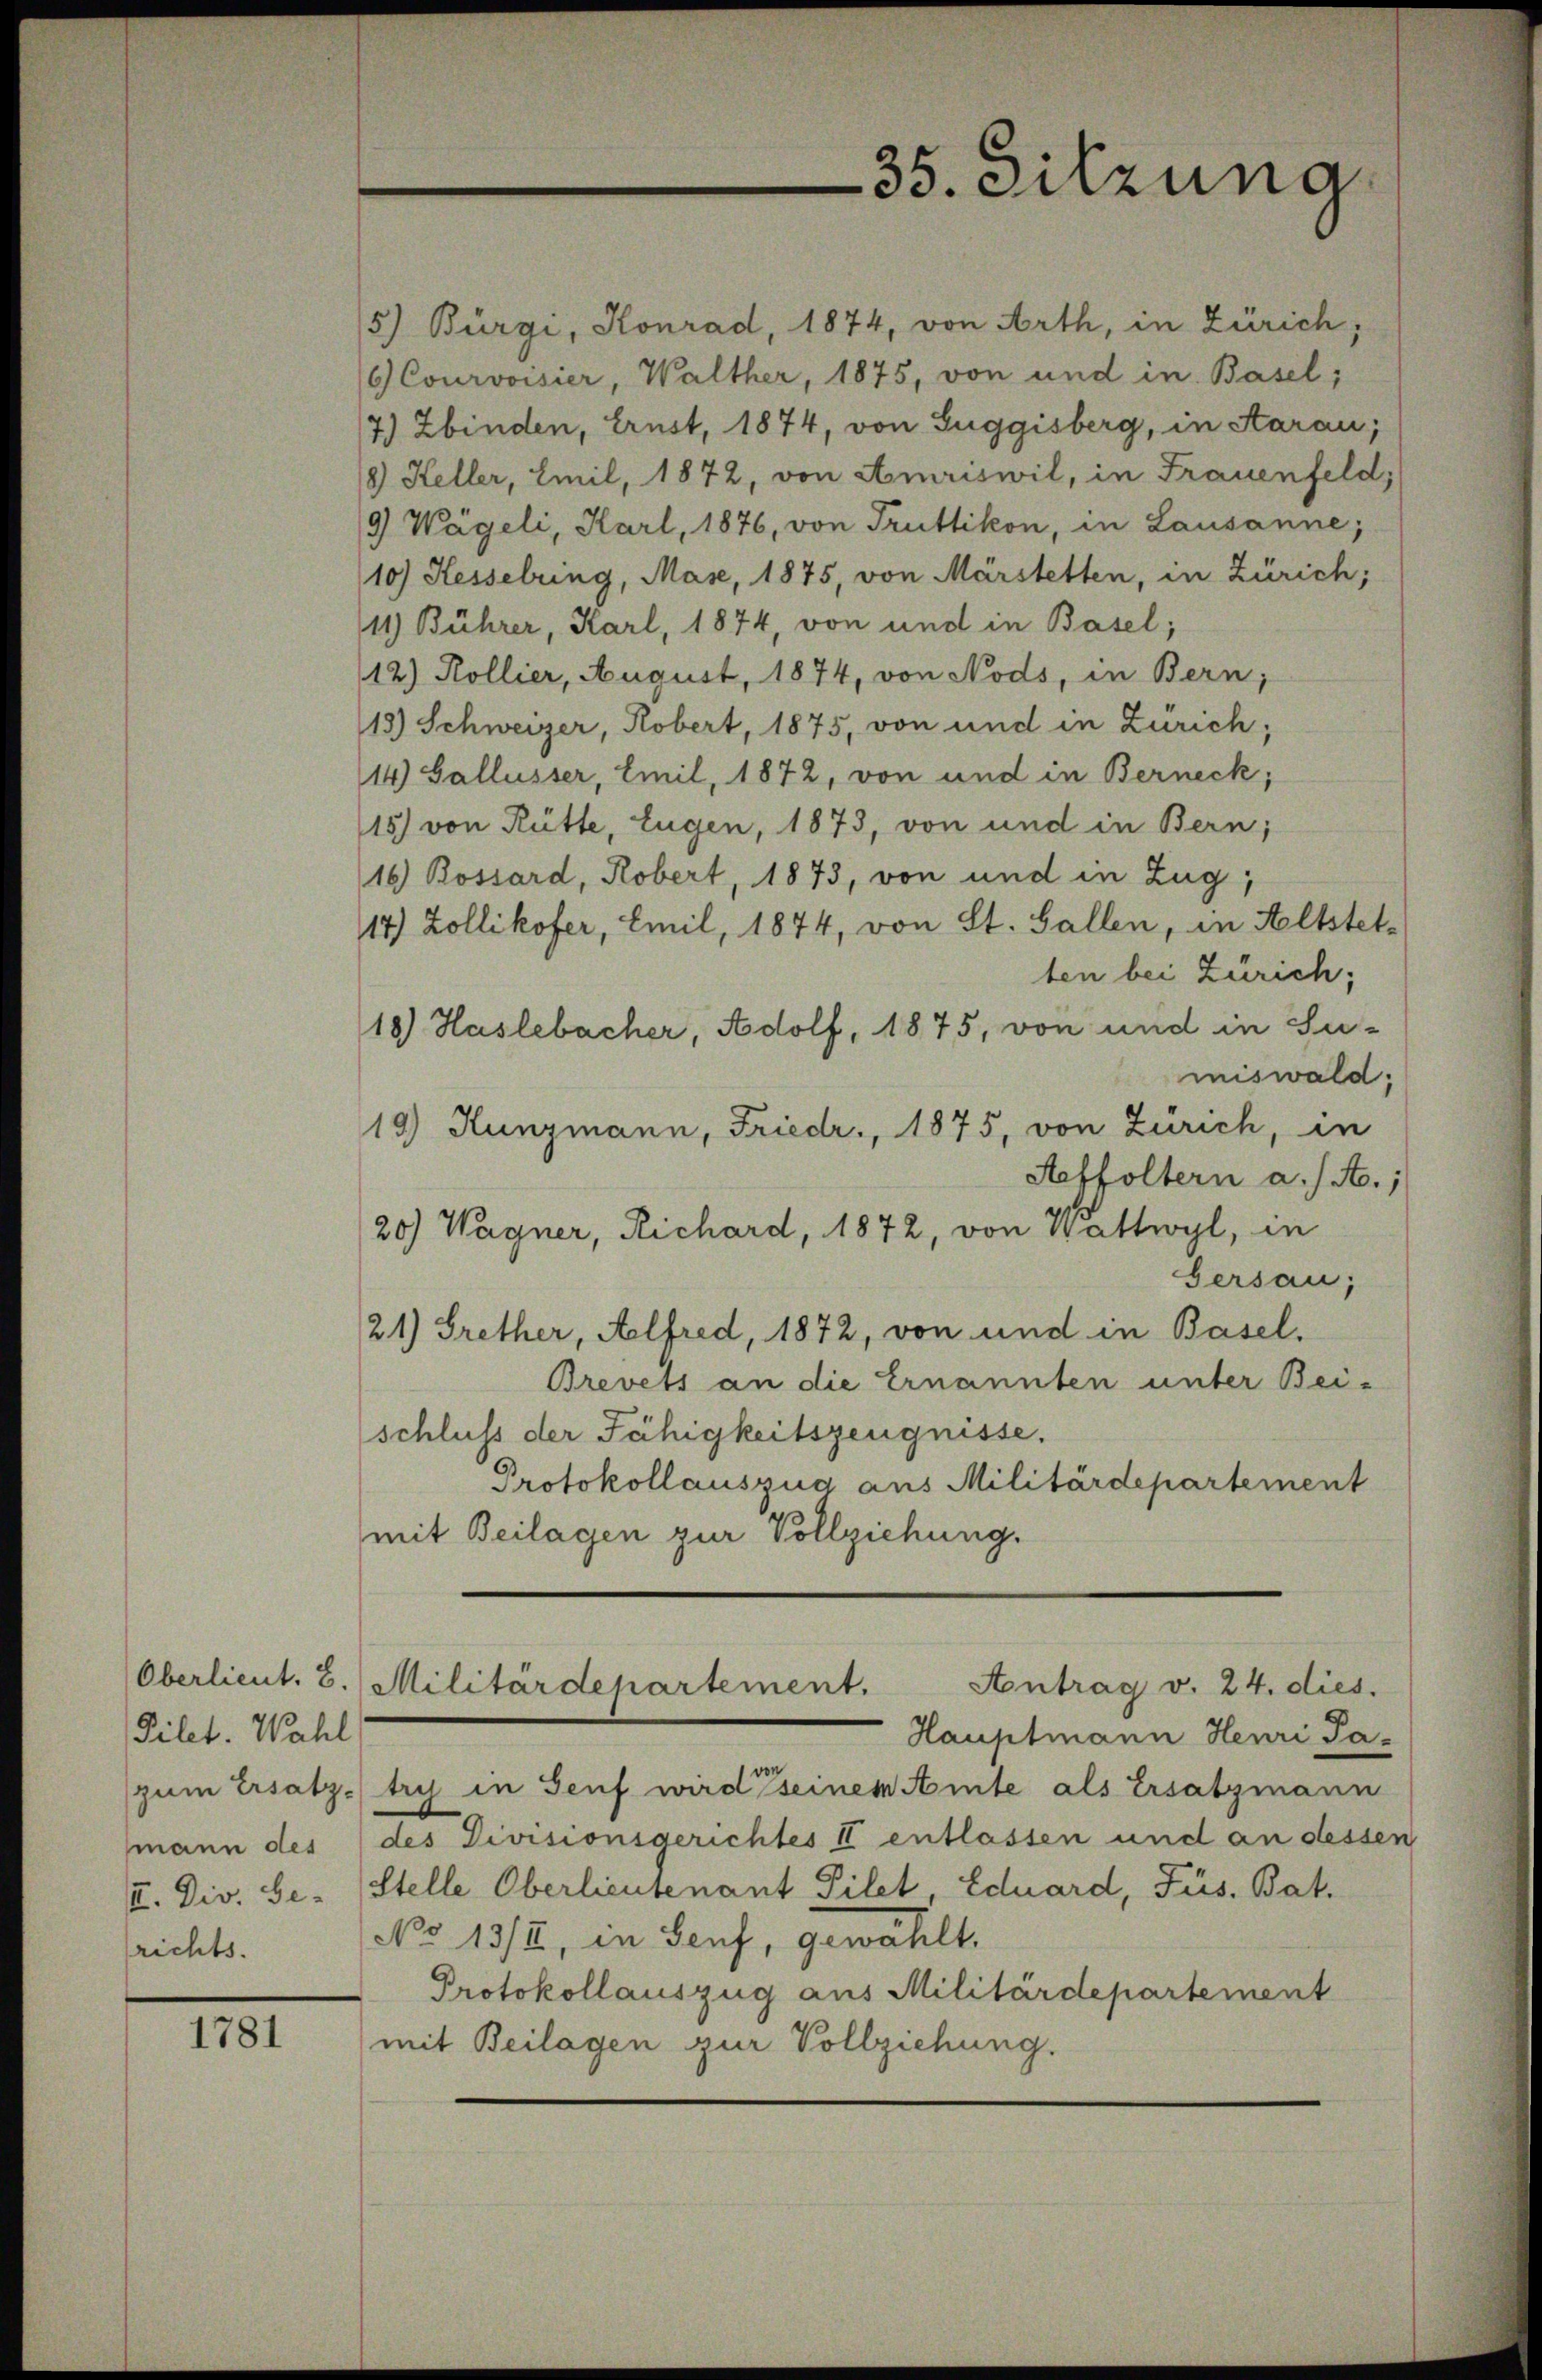
Pilet. Wahl
richts.

1781

5) Bürgi, Konrad, 1874, von Arth, in Zürich,
6.) Courvoisier, Walther, 1875, von und in Basel;
7) Zbinden, Ernst, 1874, von Zuggisberg, in Aarau,
8) Heller, Emil, 1872, von Amriswil, in Frauenfeld,
9) Wägeli, Karl, 1876, von Truttikon, in Lausanne;
10) Hesselring, Mase, 1875, von Märstetten, in Zürich;
11) Bührer, Karl, 1874, von und in Basel;
12) Kollier, August, 1874, von Nods, in Bern;
13) Schweizer, Robert, 1875, von und in Zürich;
14) Gallusser, Emil, 1872, von und in Berneck,
15) von Rütte, Eugen, 1873, von und in Bern;
16) Rossard, Robert, 1873, von und in Zug,
14) Zollikofer, Emil, 1874, von St. Gallen, in Altstelten bei Zürich;
18) Haslebacher, Adolf, 1875, von und in Jumiswald;
19.) Hunzmann, Friedr., 1875, von Zürich, in
Aeffoltern a/A.;
20) Wagner, Richard, 1872, von Wattwyl, in
sersau;
21) Grether, Alfred, 1872, von und in Basel.
Brevets an die Ernannten unter Bei-
schluss der Fähigkeitszeugnisse.
Protokollauszug aus Militärdepartement
mit Beilagen zur Vollziehung.
Oberlieut. 8. Militärdepartement.
Antrag v. 24. dies.
Hauptmann Henri Pa-
(zum Ersatz tryj in Senf wird seinem Amte als Ersatzmann
mann des (des Divisionsgerichtes II entlassen und an dessen
II. Div. Se. (Stelle Oberlieutenant Filet, Eduard, Füs. Bat.
No 1312, in Senf, gewählt.
Protokollauszug aus Militärdepartement
mit Beilagen zur Vollziehung.

35. Sitzung